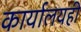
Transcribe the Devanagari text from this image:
कार्यालयही